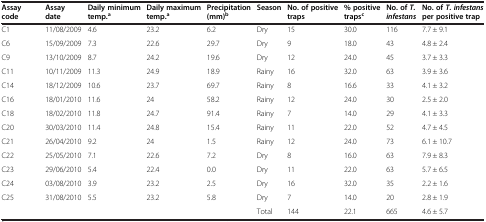
<table><thead><tr><td><b>Assay code</b></td><td><b>Assay date</b></td><td><b>Daily minimum temp.<sup>a</sup></b></td><td><b>Daily maximum temp.<sup>a</sup></b></td><td><b>Precipitation (mm)<sup>b</sup></b></td><td><b>Season</b></td><td><b>No. of positive traps</b></td><td><b>% positive traps<sup>c</sup></b></td><td><b>No. of <i>T. infestans</i></b></td><td><b>No. of <i>T. infestans </i>per positive trap</b></td></tr></thead><tbody><tr><td>C1</td><td>11/08/2009</td><td>4.6</td><td>23.2</td><td>6.2</td><td>Dry</td><td>15</td><td>30.0</td><td>116</td><td>7.7 ± 9.1</td></tr><tr><td>C6</td><td>15/09/2009</td><td>7.3</td><td>22.6</td><td>29.7</td><td>Dry</td><td>9</td><td>18.0</td><td>43</td><td>4.8 ± 2.4</td></tr><tr><td>C9</td><td>13/10/2009</td><td>8.7</td><td>24.2</td><td>19.6</td><td>Dry</td><td>12</td><td>24.0</td><td>45</td><td>3.7 ± 3.3</td></tr><tr><td>C11</td><td>10/11/2009</td><td>11.3</td><td>24.9</td><td>18.9</td><td>Rainy</td><td>16</td><td>32.0</td><td>63</td><td>3.9 ± 3.6</td></tr><tr><td>C14</td><td>18/12/2009</td><td>10.6</td><td>23.7</td><td>69.7</td><td>Rainy</td><td>8</td><td>16.6</td><td>33</td><td>4.1 ± 3.2</td></tr><tr><td>C16</td><td>18/01/2010</td><td>11.6</td><td>24</td><td>58.2</td><td>Rainy</td><td>12</td><td>24.0</td><td>30</td><td>2.5 ± 2.0</td></tr><tr><td>C18</td><td>18/02/2010</td><td>11.8</td><td>24.7</td><td>91.4</td><td>Rainy</td><td>7</td><td>14.0</td><td>29</td><td>4.1 ± 3.3</td></tr><tr><td>C20</td><td>30/03/2010</td><td>11.4</td><td>24.8</td><td>15.4</td><td>Rainy</td><td>11</td><td>22.0</td><td>52</td><td>4.7 ± 4.5</td></tr><tr><td>C21</td><td>26/04/2010</td><td>9.2</td><td>24</td><td>1.5</td><td>Rainy</td><td>12</td><td>24.0</td><td>73</td><td>6.1 ± 10.7</td></tr><tr><td>C22</td><td>25/05/2010</td><td>7.1</td><td>22.6</td><td>7.2</td><td>Dry</td><td>8</td><td>16.0</td><td>63</td><td>7.9 ± 8.3</td></tr><tr><td>C23</td><td>29/06/2010</td><td>5.4</td><td>22.4</td><td>0.0</td><td>Dry</td><td>11</td><td>22.0</td><td>63</td><td>5.7 ± 6.5</td></tr><tr><td>C24</td><td>03/08/2010</td><td>3.9</td><td>23.2</td><td>2.5</td><td>Dry</td><td>16</td><td>32.0</td><td>35</td><td>2.2 ± 1.6</td></tr><tr><td>C25</td><td>31/08/2010</td><td>5.5</td><td>23.2</td><td>5.8</td><td>Dry</td><td>7</td><td>14.0</td><td>20</td><td>2.8 ± 1.9</td></tr><tr><td> </td><td> </td><td> </td><td> </td><td> </td><td>Total</td><td>144</td><td>22.1</td><td>665</td><td>4.6 ± 5.7</td></tr></tbody></table>